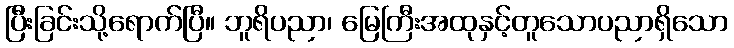
ပြီးခြင်းသို့ရောက်ပြီ။ ဘူရိပညာ၊ မြေကြီးအထုနှင့်တူသောပညာရှိသော